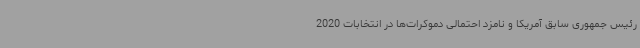
رئیس جمهوری سابق آمریکا و نامزد احتمالی دموکرات‌ها در انتخابات 2020